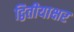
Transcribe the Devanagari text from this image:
द्वितीयाक्षर